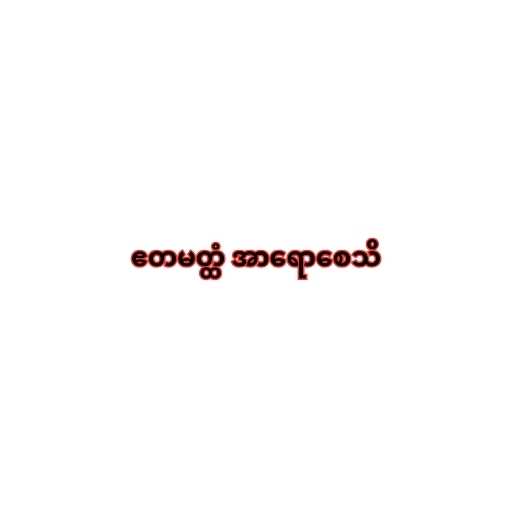
ဧတမတ္ထံ အာရောစေသိ